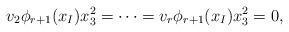
LaTeX: \begin{align*} v_2 \phi_{r+1}(x_I)x_3^2=\cdots =v_r\phi_{r+1}(x_I)x_3^2=0, \end{align*}